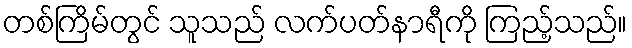
တစ်ကြိမ်တွင် သူသည် လက်ပတ်နာရီကို ကြည့်သည်။